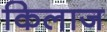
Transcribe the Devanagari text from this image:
किलाज